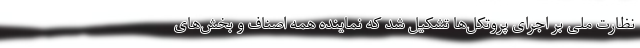
نظارت ملی بر اجرای پروتکل‌ها تشکیل شد که نماینده همه اصناف و بخش‌‌‌های